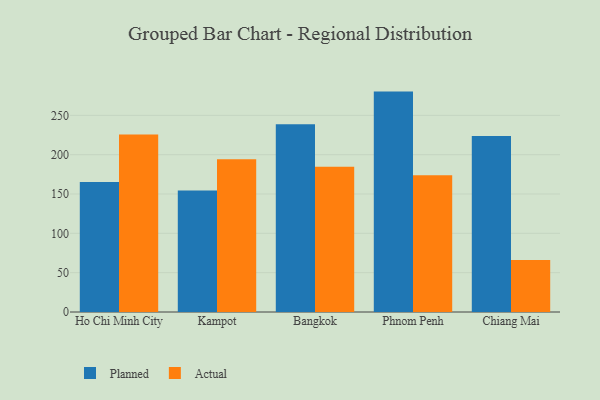
{"axis": {"x": "City", "y": "LTV (USD)"}, "legend": ["Actual", "Planned"], "data": [{"x": "Ho Chi Minh City", "y": 165.4, "type": "Planned"}, {"x": "Ho Chi Minh City", "y": 225.7, "type": "Actual"}, {"x": "Kampot", "y": 154.5, "type": "Planned"}, {"x": "Kampot", "y": 194.2, "type": "Actual"}, {"x": "Bangkok", "y": 238.6, "type": "Planned"}, {"x": "Bangkok", "y": 184.7, "type": "Actual"}, {"x": "Phnom Penh", "y": 280.2, "type": "Planned"}, {"x": "Phnom Penh", "y": 173.7, "type": "Actual"}, {"x": "Chiang Mai", "y": 223.8, "type": "Planned"}, {"x": "Chiang Mai", "y": 66.0, "type": "Actual"}]}